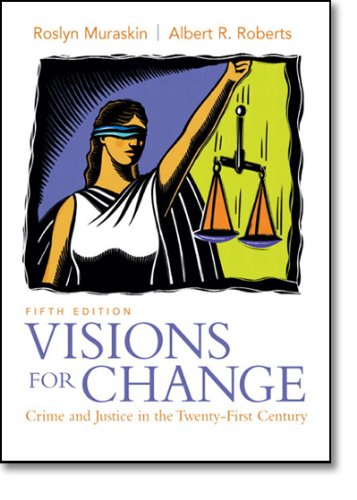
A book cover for Visions for Change: Crime and Justice in the Twenty-First Century (5th Edition); Roslyn Muraskin; Law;